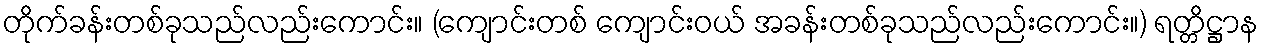
တိုက်ခန်းတစ်ခုသည်လည်းကောင်း။ (ကျောင်းတစ် ကျောင်းဝယ် အခန်းတစ်ခုသည်လည်းကောင်း။) ရတ္တိဋ္ဌာန